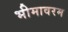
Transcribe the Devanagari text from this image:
भीमावरम